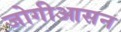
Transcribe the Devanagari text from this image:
जोगीआसन